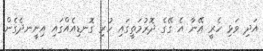
އަދި ވަޅި ހެރީ އޭނާ އެ ގޭގެ ދޮރުމަތީގައި ހުރި ގޮނޑިއެއްގައި އިށީނދެގެން